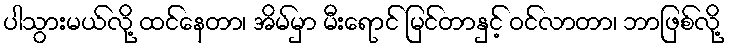
ပါသွားမယ်လို့ ထင်နေတာ၊ အိမ်မှာ မီးရောင် မြင်တာနှင့် ဝင်လာတာ၊ ဘာဖြစ်လို့